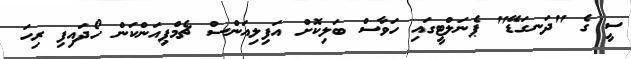
ސީ ގެ "ދަނގަޑޭ" ޕެނަލްޓީގައި ހަވާސް ބަލިކޮށް އަފިލިއަންސް ޗެމްޕިއަންކަން ހޯދައިފި ރިހަ